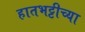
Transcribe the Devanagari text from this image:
हातभट्टीच्या